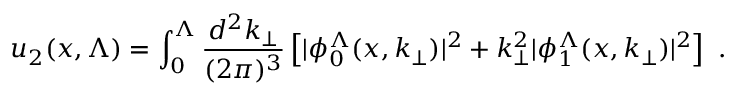
u _ { 2 } ( x , \Lambda ) = \int _ { 0 } ^ { \Lambda } { \frac { d ^ { 2 } k _ { \perp } } { ( 2 \pi ) ^ { 3 } } } \left[ | \phi _ { 0 } ^ { \Lambda } ( x , k _ { \perp } ) | ^ { 2 } + k _ { \perp } ^ { 2 } | \phi _ { 1 } ^ { \Lambda } ( x , k _ { \perp } ) | ^ { 2 } \right] \ .